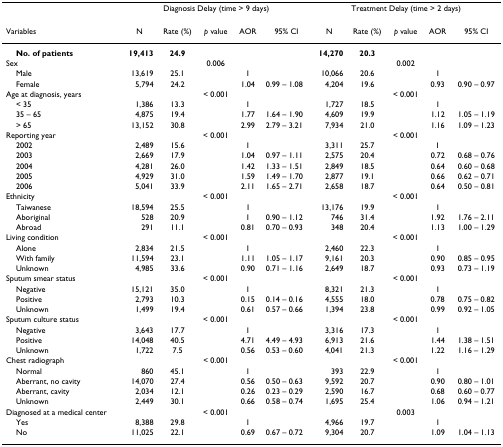
<table><thead><tr><td></td><td colspan="5"><b>Diagnosis Delay (time &gt; 9 days)</b></td><td colspan="5"><b>Treatment Delay (time &gt; 2 days)</b></td></tr><tr><td><b>Variables</b></td><td><b>N</b></td><td><b>Rate (%)</b></td><td><b><i>p </i>value</b></td><td><b>AOR</b></td><td><b>95% CI</b></td><td><b>N</b></td><td><b>Rate (%)</b></td><td><b><i>p </i>value</b></td><td><b>AOR</b></td><td><b>95% CI</b></td></tr></thead><tbody><tr><td> <b>No. of patients</b></td><td><b>19,413</b></td><td><b>24.9</b></td><td></td><td></td><td></td><td><b>14,270</b></td><td><b>20.3</b></td><td></td><td></td><td></td></tr><tr><td>Sex</td><td></td><td></td><td>0.006</td><td></td><td></td><td></td><td></td><td>0.002</td><td></td><td></td></tr><tr><td> Male</td><td>13,619</td><td>25.1</td><td></td><td>1</td><td></td><td>10,066</td><td>20.6</td><td></td><td>1</td><td></td></tr><tr><td> Female</td><td>5,794</td><td>24.2</td><td></td><td>1.04</td><td>0.99 – 1.08</td><td>4,204</td><td>19.6</td><td></td><td>0.93</td><td>0.90 – 0.97</td></tr><tr><td>Age at diagnosis, years</td><td></td><td></td><td>&lt; 0.001</td><td></td><td></td><td></td><td></td><td>&lt; 0.001</td><td></td><td></td></tr><tr><td> &lt; 35</td><td>1,386</td><td>13.3</td><td></td><td>1</td><td></td><td>1,727</td><td>18.5</td><td></td><td>1</td><td></td></tr><tr><td> 35 – 65</td><td>4,875</td><td>19.4</td><td></td><td>1.77</td><td>1.64 – 1.90</td><td>4,609</td><td>19.9</td><td></td><td>1.12</td><td>1.05 – 1.19</td></tr><tr><td> &gt; 65</td><td>13,152</td><td>30.8</td><td></td><td>2.99</td><td>2.79 – 3.21</td><td>7,934</td><td>21.0</td><td></td><td>1.16</td><td>1.09 – 1.23</td></tr><tr><td>Reporting year</td><td></td><td></td><td>&lt; 0.001</td><td></td><td></td><td></td><td></td><td>&lt; 0.001</td><td></td><td></td></tr><tr><td> 2002</td><td>2,489</td><td>15.6</td><td></td><td>1</td><td></td><td>3,311</td><td>25.7</td><td></td><td>1</td><td></td></tr><tr><td> 2003</td><td>2,669</td><td>17.9</td><td></td><td>1.04</td><td>0.97 – 1.11</td><td>2,575</td><td>20.4</td><td></td><td>0.72</td><td>0.68 – 0.76</td></tr><tr><td> 2004</td><td>4,281</td><td>26.0</td><td></td><td>1.42</td><td>1.33 – 1.51</td><td>2,849</td><td>18.5</td><td></td><td>0.64</td><td>0.60 – 0.68</td></tr><tr><td> 2005</td><td>4,929</td><td>31.0</td><td></td><td>1.59</td><td>1.49 – 1.70</td><td>2,877</td><td>19.1</td><td></td><td>0.66</td><td>0.62 – 0.71</td></tr><tr><td> 2006</td><td>5,041</td><td>33.9</td><td></td><td>2.11</td><td>1.65 – 2.71</td><td>2,658</td><td>18.7</td><td></td><td>0.64</td><td>0.50 – 0.81</td></tr><tr><td>Ethnicity</td><td></td><td></td><td>&lt; 0.001</td><td></td><td></td><td></td><td></td><td>&lt; 0.001</td><td></td><td></td></tr><tr><td> Taiwanese</td><td>18,594</td><td>25.5</td><td></td><td>1</td><td></td><td>13,176</td><td>19.9</td><td></td><td>1</td><td></td></tr><tr><td> Aboriginal</td><td>528</td><td>20.9</td><td></td><td>1</td><td>0.90 – 1.12</td><td>746</td><td>31.4</td><td></td><td>1.92</td><td>1.76 – 2.11</td></tr><tr><td> Abroad</td><td>291</td><td>11.1</td><td></td><td>0.81</td><td>0.70 – 0.93</td><td>348</td><td>20.4</td><td></td><td>1.13</td><td>1.00 – 1.29</td></tr><tr><td>Living condition</td><td></td><td></td><td>&lt; 0.001</td><td></td><td></td><td></td><td></td><td>&lt; 0.001</td><td></td><td></td></tr><tr><td> Alone</td><td>2,834</td><td>21.5</td><td></td><td>1</td><td></td><td>2,460</td><td>22.3</td><td></td><td>1</td><td></td></tr><tr><td> With family</td><td>11,594</td><td>23.1</td><td></td><td>1.11</td><td>1.05 – 1.17</td><td>9,161</td><td>20.3</td><td></td><td>0.90</td><td>0.85 – 0.95</td></tr><tr><td> Unknown</td><td>4,985</td><td>33.6</td><td></td><td>0.90</td><td>0.71 – 1.16</td><td>2,649</td><td>18.7</td><td></td><td>0.93</td><td>0.73 – 1.19</td></tr><tr><td>Sputum smear status</td><td></td><td></td><td>&lt; 0.001</td><td></td><td></td><td></td><td></td><td>&lt; 0.001</td><td></td><td></td></tr><tr><td> Negative</td><td>15,121</td><td>35.0</td><td></td><td>1</td><td></td><td>8,321</td><td>21.3</td><td></td><td>1</td><td></td></tr><tr><td> Positive</td><td>2,793</td><td>10.3</td><td></td><td>0.15</td><td>0.14 – 0.16</td><td>4,555</td><td>18.0</td><td></td><td>0.78</td><td>0.75 – 0.82</td></tr><tr><td> Unknown</td><td>1,499</td><td>19.4</td><td></td><td>0.61</td><td>0.57 – 0.66</td><td>1,394</td><td>23.8</td><td></td><td>0.99</td><td>0.92 – 1.05</td></tr><tr><td>Sputum culture status</td><td></td><td></td><td>&lt; 0.001</td><td></td><td></td><td></td><td></td><td>&lt; 0.001</td><td></td><td></td></tr><tr><td> Negative</td><td>3,643</td><td>17.7</td><td></td><td>1</td><td></td><td>3,316</td><td>17.3</td><td></td><td>1</td><td></td></tr><tr><td> Positive</td><td>14,048</td><td>40.5</td><td></td><td>4.71</td><td>4.49 – 4.93</td><td>6,913</td><td>21.6</td><td></td><td>1.44</td><td>1.38 – 1.51</td></tr><tr><td> Unknown</td><td>1,722</td><td>7.5</td><td></td><td>0.56</td><td>0.53 – 0.60</td><td>4,041</td><td>21.3</td><td></td><td>1.22</td><td>1.16 – 1.29</td></tr><tr><td>Chest radiograph</td><td></td><td></td><td>&lt; 0.001</td><td></td><td></td><td></td><td></td><td>&lt; 0.001</td><td></td><td></td></tr><tr><td> Normal</td><td>860</td><td>45.1</td><td></td><td>1</td><td></td><td>393</td><td>22.9</td><td></td><td>1</td><td></td></tr><tr><td> Aberrant, no cavity</td><td>14,070</td><td>27.4</td><td></td><td>0.56</td><td>0.50 – 0.63</td><td>9,592</td><td>20.7</td><td></td><td>0.90</td><td>0.80 – 1.01</td></tr><tr><td> Aberrant, cavity</td><td>2,034</td><td>12.1</td><td></td><td>0.26</td><td>0.23 – 0.29</td><td>2,590</td><td>16.7</td><td></td><td>0.68</td><td>0.60 – 0.77</td></tr><tr><td> Unknown</td><td>2,449</td><td>30.1</td><td></td><td>0.66</td><td>0.58 – 0.74</td><td>1,695</td><td>25.4</td><td></td><td>1.06</td><td>0.94 – 1.21</td></tr><tr><td>Diagnosed at a medical center</td><td></td><td></td><td>&lt; 0.001</td><td></td><td></td><td></td><td></td><td>0.003</td><td></td><td></td></tr><tr><td> Yes</td><td>8,388</td><td>29.8</td><td></td><td>1</td><td></td><td>4,966</td><td>19.7</td><td></td><td>1</td><td></td></tr><tr><td> No</td><td>11,025</td><td>22.1</td><td></td><td>0.69</td><td>0.67 – 0.72</td><td>9,304</td><td>20.7</td><td></td><td>1.09</td><td>1.04 – 1.13</td></tr></tbody></table>